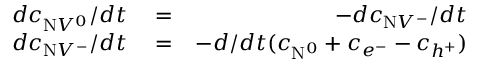
\begin{array} { r l r } { d c _ { \mathrm { N } V ^ { 0 } } / d t } & { { } = } & { - d c _ { \mathrm { N } V ^ { - } } / d t } \\ { d c _ { \mathrm { N } V ^ { - } } / d t } & { { } = } & { - d / d t ( c _ { \mathrm { N } ^ { 0 } } + c _ { e ^ { - } } - c _ { h ^ { + } } ) } \end{array}